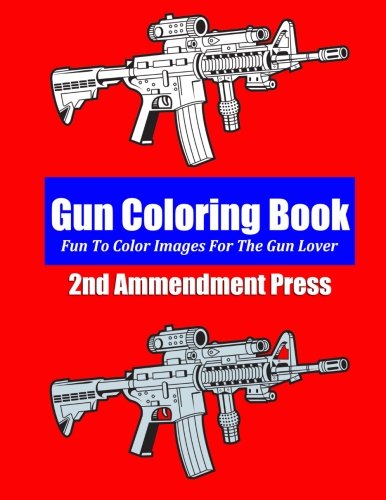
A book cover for Gun Coloring Book; 2nd Amendment Press; Crafts, Hobbies & Home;